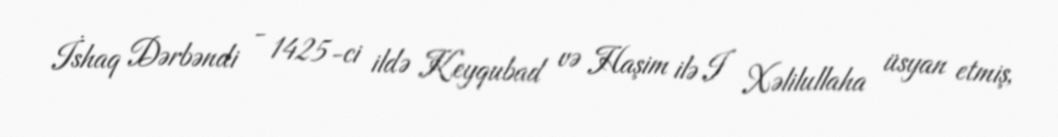
İshaq Dərbəndi - 1425-ci ildə Keyqubad və Haşim ilə I Xəlilullaha üsyan etmiş,